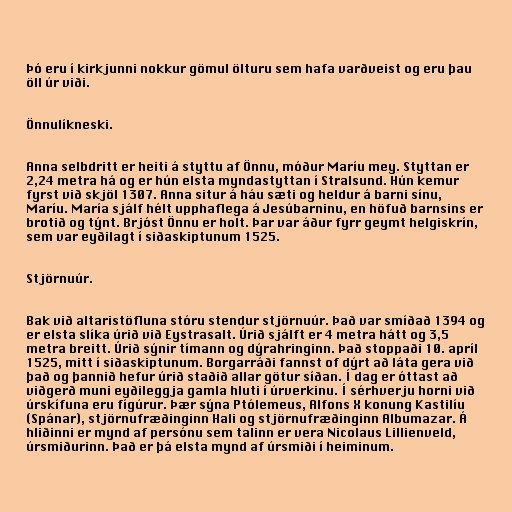
Þó eru í kirkjunni nokkur gömul ölturu sem hafa varðveist og eru þau
öll úr viði.

Önnulíkneski.

Anna selbdritt er heiti á styttu af Önnu, móður Maríu mey. Styttan er
2,24 metra há og er hún elsta myndastyttan í Stralsund. Hún kemur
fyrst við skjöl 1307. Anna situr á háu sæti og heldur á barni sínu,
Maríu. María sjálf hélt upphaflega á Jesúbarninu, en höfuð barnsins er
brotið og týnt. Brjóst Önnu er holt. Þar var áður fyrr geymt helgiskrín,
sem var eyðilagt í siðaskiptunum 1525.

Stjörnuúr.

Bak við altaristöfluna stóru stendur stjörnuúr. Það var smíðað 1394 og
er elsta slíka úrið við Eystrasalt. Úrið sjálft er 4 metra hátt og 3,5
metra breitt. Úrið sýnir tímann og dýrahringinn. Það stoppaði 10. apríl
1525, mitt í siðaskiptunum. Borgarráði fannst of dýrt að láta gera við
það og þannið hefur úrið staðið allar götur síðan. Í dag er óttast að
viðgerð muni eyðileggja gamla hluti í úrverkinu. Í sérhverju horni við
úrskífuna eru fígúrur. Þær sýna Ptólemeus, Alfons X konung Kastilíu
(Spánar), stjörnufræðinginn Hali og stjörnufræðinginn Albumazar. Á
hliðinni er mynd af persónu sem talinn er vera Nicolaus Lillienveld,
úrsmiðurinn. Það er þá elsta mynd af úrsmiði í heiminum.